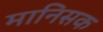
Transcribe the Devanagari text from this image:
मानिसक